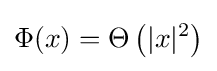
\Phi (x)=\Theta \left(|x|^{2}\right)